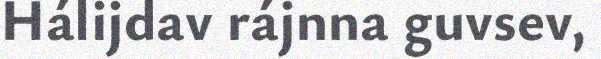
Hálijdav rájnna guvsev,